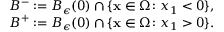
\begin{array} { r } { B ^ { - } : = B _ { \epsilon } ( 0 ) \cap \{ { \mathbf x } \in \Omega \colon x _ { 1 } < 0 \} , } \\ { B ^ { + } : = B _ { \epsilon } ( 0 ) \cap \{ { \mathbf x } \in \Omega \colon x _ { 1 } > 0 \} . } \end{array}